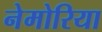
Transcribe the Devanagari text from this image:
नेमोरिया